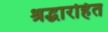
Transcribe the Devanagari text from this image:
श्रद्धारहित